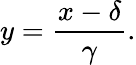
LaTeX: y={\frac{x-\delta}{\gamma}}.